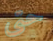
حتى